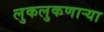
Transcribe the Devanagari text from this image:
लुकलुकणार्‍या